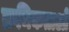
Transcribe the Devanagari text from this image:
क्रमिकताओं